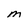
Character: M